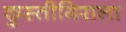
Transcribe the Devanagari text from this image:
कुस्तीगिराला